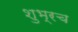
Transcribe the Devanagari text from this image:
शुभ्रच